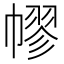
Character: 𢄪